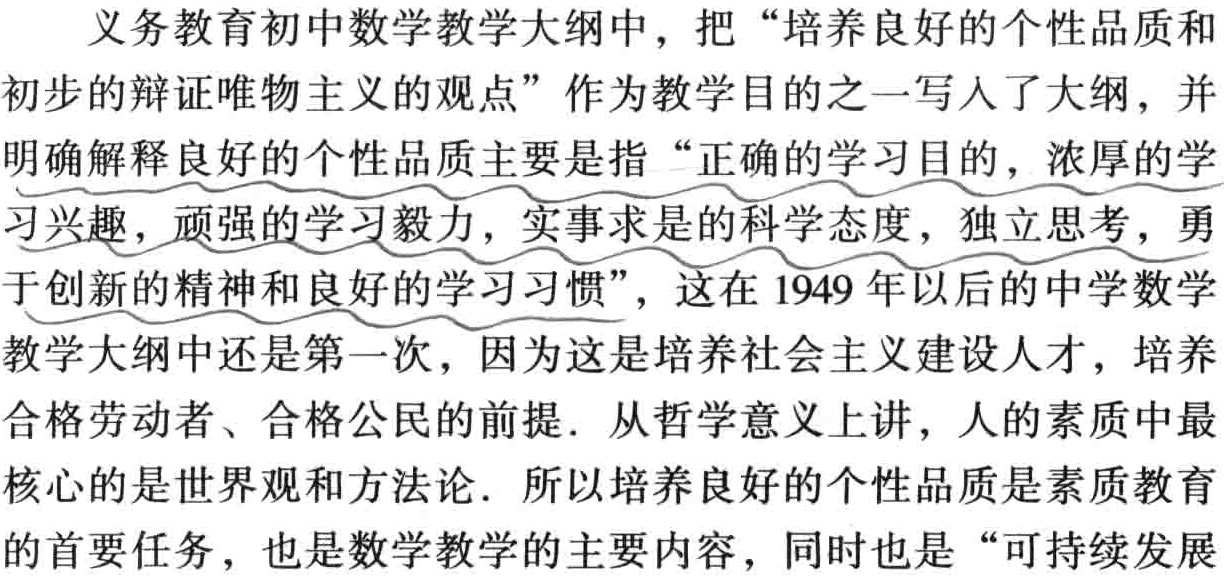
义务教育初中数学教学大纲中，把“培养良好的个性品质和
初步的辩证唯物主义的观点”作为教学目的之一写入了大纲，并
明确解释良好的个性品质主要是指“正确的学习目的，浓厚的学
习兴趣，顽强的学习毅力，实事求是的科学态度，独立思考，勇
于创新的精神和良好的学习习惯”，这在 1949 年以后的中学数学
教学大纲中还是第一次，因为这是培养社会主义建设人才，培养
合格劳动者、合格公民的前提. 从哲学意义上讲，人的素质中最
核心的是世界观和方法论. 所以培养良好的个性品质是素质教育
的首要任务，也是数学教学的主要内容，同时也是“可持续发展